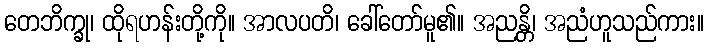
တေဘိက္ခု၊ ထိုရဟန်းတို့ကို။ အာလပတိ၊ ခေါ်တော်မူ၏။ အညန္တိ၊ အညံဟူသည်ကား။